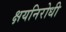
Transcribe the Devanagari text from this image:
क्षयनिरोधी